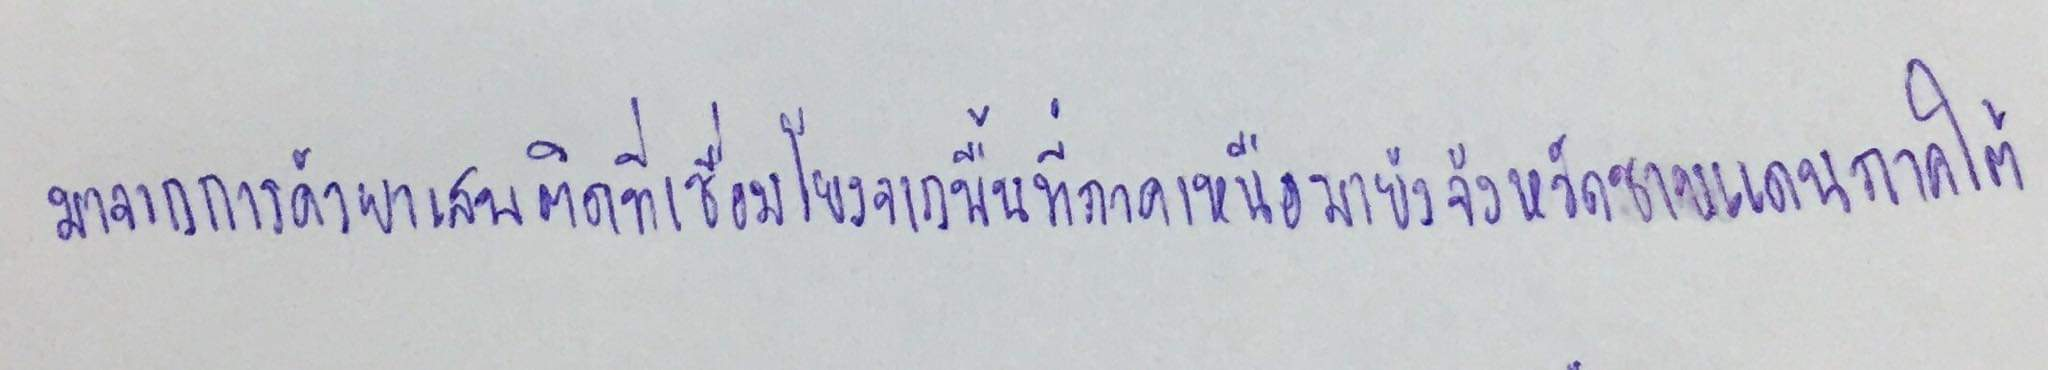
มาจากการค้ายาเสพติดที่เชื่อมโยงจากพื้นที่ภาคเหนือมายังจังหวัดชายแดนภาคใต้